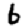
Digit: 6